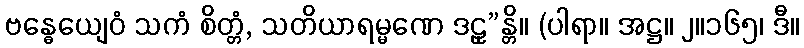
ဗန္ဓေယျေဝံ သကံ စိတ္တံ, သတိယာရမ္မဏေ ဒဠှ”န္တိ။ (ပါရာ။ အဋ္ဌ။ ၂။၁၆၅၊ ဒီ။